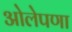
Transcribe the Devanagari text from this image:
ओलेपणा